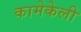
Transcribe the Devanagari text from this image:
कामेकेली